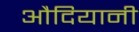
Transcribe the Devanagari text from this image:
औदियानी